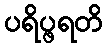
ပရိပ္ဖရတိ